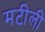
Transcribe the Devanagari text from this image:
मटीली